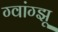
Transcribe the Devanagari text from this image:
ग्वांग्झू